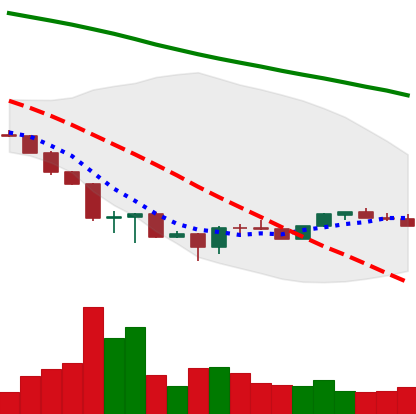
Ticker: ETH-USD
Chart end date: 2022-06-28
Forward return: -6.187%
Label: down_5_7